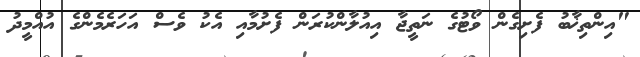
"އިންތިޚާބު ފެށިގެން ވޯޓުގެ ނަތީޖާ އިއުލާންކުރަން ފެށުމާއި އެކު ވެސް އަހަރެމެންގެ އުއްމީދު